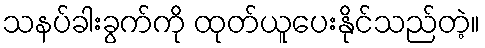
သနပ်ခါးခွက်ကို ထုတ်ယူပေးနိုင်သည်တဲ့။